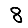
Digit: 8